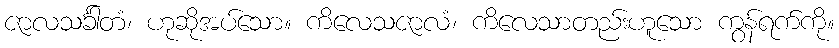
ဇာလသင်္ခါတံ၊ ဟုဆိုအပ်သော။ ကိလေသဇာလံ၊ ကိလေသာတည်းဟူသော ကွန်ရက်ကို။